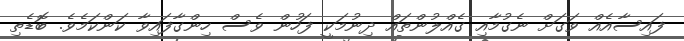
ފައިސާއެއް ވަގަށް ނެގުމާއި ގެއްލުންތައް ދިނުމަކީ ފަހުން ވެސް ހިންގާފައިވާ ކަންކަމެވެ. ބޮޑެތި